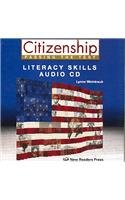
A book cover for Citizenship: Passing the Test - Literacy  - Low Beginning; Test Preparation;